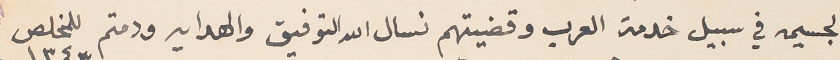
الجسيمه في سبيل خدمة العرب وقضيتهم نسال الله التوفيق والهدايه ودمتم للمخلص